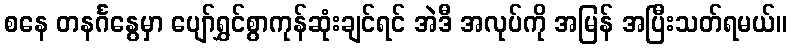
စနေ တနင်္ဂနွေမှာ ပျော်ရွှင်စွာကုန်ဆုံးချင်ရင် အဲဒီ အလုပ်ကို အမြန် အပြီးသတ်ရမယ်။